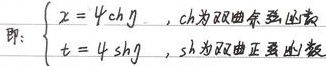
即：
\(\begin{cases}
x = 4\mathrm{ch} g，\text{其中}\mathrm{ch}\text{为双曲余弦函数}\\
t = 4\mathrm{sh} g，\text{其中}\mathrm{sh}\text{为双曲正弦函数}
\end{cases}\)